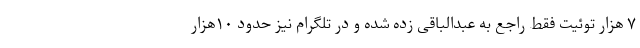
۷ هزار توئیت فقط راجع به عبدالباقی زده شده و در تلگرام نیز حدود ۱۰هزار